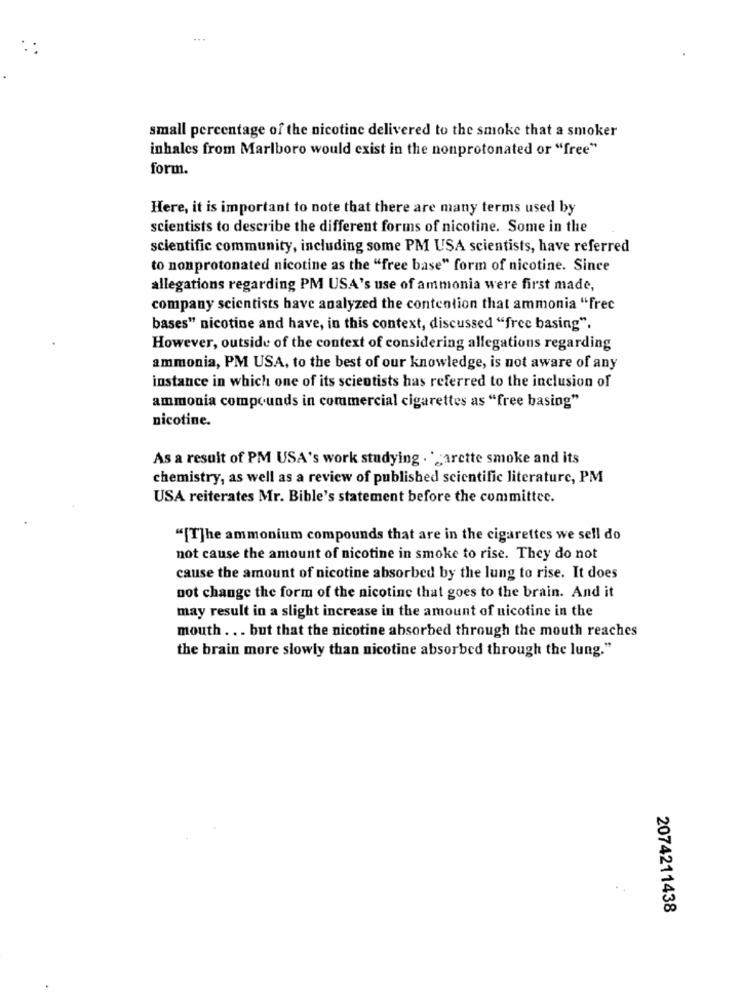
...
small percentage of the nicotine delivered to the smoke that a smoker
inhales from Marlboro would exist in the nonprotonated or "free"
form.
Here, it is important to note that there are many terms used by
scientists to describe the different forms of nicotine. Some in the
scientific community, including some PM USA scientists, have referred
to nonprotonated nicotine as the "free base" form of nicotine. Since
allegations regarding PM USA's use of ammonia were first made,
company scientists have analyzed the contention that ammonia "frec
bases" nicotine and have, in this context, discussed "free basing".
However, outside of the context of considering allegations regarding
ammonia, PM USA, to the best of our knowledge, is not aware of any
instance in which one of its scientists has referred to the inclusion of
ammonia compounds in commercial cigarettes as "free basing"
nicotine.
As a result of PM USA's work studying . * arette smoke and its
chemistry, as well as a review of published scientific literature, PM
USA reiterates Mr. Bible's statement before the committee.
"[T]he ammonium compounds that are in the cigarettes we sell do
not cause the amount of nicotine in smoke to rise. They do not
cause the amount of nicotine absorbed by the lung to rise. It does
not change the form of the nicotine that goes to the brain. And it
may result in a slight increase in the amount of nicotine in the
mouth ... but that the nicotine absorbed through the mouth reaches
the brain more slowly than nicotine absorbed through the lung."
2074211438